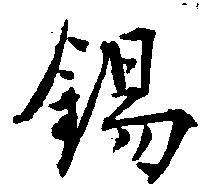
錫